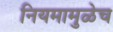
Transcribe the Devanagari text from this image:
नियमामुळेच